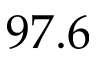
9 7 . 6